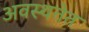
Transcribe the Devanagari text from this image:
अवस्थतेत